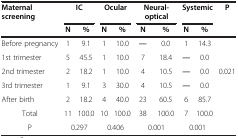
<table><thead><tr><td rowspan="2"><b>Maternal screening</b></td><td colspan="2"><b>IC</b></td><td colspan="2"><b>Ocular</b></td><td colspan="2"><b>Neural-optical</b></td><td colspan="2"><b>Systemic</b></td><td rowspan="2"><b>P</b></td></tr><tr><td><b>N</b></td><td><b>%</b></td><td><b>N</b></td><td><b>%</b></td><td><b>N</b></td><td><b>%</b></td><td><b>N</b></td><td><b>%</b></td></tr></thead><tbody><tr><td>Before pregnancy</td><td>1</td><td>9.1</td><td>1</td><td>10.0</td><td>―</td><td>0.0</td><td>1</td><td>14.3</td><td> </td></tr><tr><td>1st trimester</td><td>5</td><td>45.5</td><td>1</td><td>10.0</td><td>7</td><td>18.4</td><td>―</td><td>0.0</td><td> </td></tr><tr><td>2nd trimester</td><td>2</td><td>18.2</td><td>1</td><td>10.0</td><td>4</td><td>10.5</td><td>―</td><td>0.0</td><td>0.021</td></tr><tr><td>3rd trimester</td><td>1</td><td>9.1</td><td>3</td><td>30.0</td><td>4</td><td>10.5</td><td>―</td><td>0.0</td><td> </td></tr><tr><td>After birth</td><td>2</td><td>18.2</td><td>4</td><td>40.0</td><td>23</td><td>60.5</td><td>6</td><td>85.7</td><td> </td></tr><tr><td>Total</td><td>11</td><td>100.0</td><td>10</td><td>100.0</td><td>38</td><td>100.0</td><td>7</td><td>100.0</td><td> </td></tr><tr><td>P</td><td colspan="2">0.297</td><td colspan="2">0.406</td><td colspan="2">0.001</td><td colspan="2">0.001</td><td> </td></tr></tbody></table>